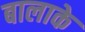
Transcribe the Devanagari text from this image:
बालाके